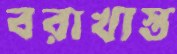
বরাখাস্ত